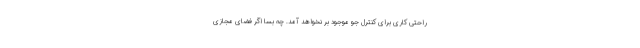
راحتی کاری برای کنترل جو موجود بر نخواهد آمد. چه بسا اگر فضای مجازی